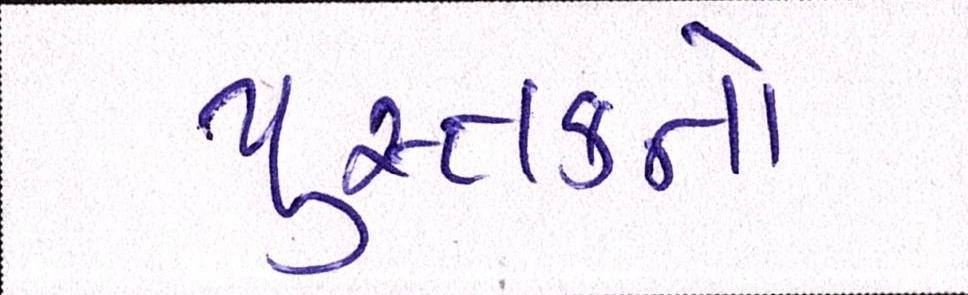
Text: પુસ્તકનો